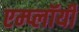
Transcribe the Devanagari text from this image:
एम्प्लॉयी